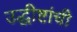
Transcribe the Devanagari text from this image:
उद्धीष्टांची